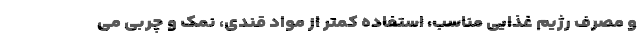
و مصرف رژیم غذایی مناسب، استفاده کمتر از مواد قندی، نمک و چربی می